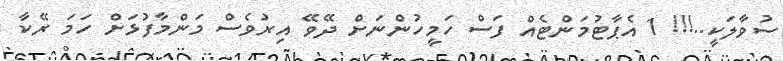
ސުވާލަކީ..!!! 1 އެޕާޓުމަންޓެއް ފަސް ހަމީހުންނަށް ދޭވޭ އިރުވެސް މަންމާފުޅަށް ހަމަ ރޭކާ